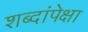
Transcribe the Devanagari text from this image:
शब्दांपेक्षा